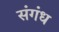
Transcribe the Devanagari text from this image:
संगंध